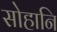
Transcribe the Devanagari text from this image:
सोहानि